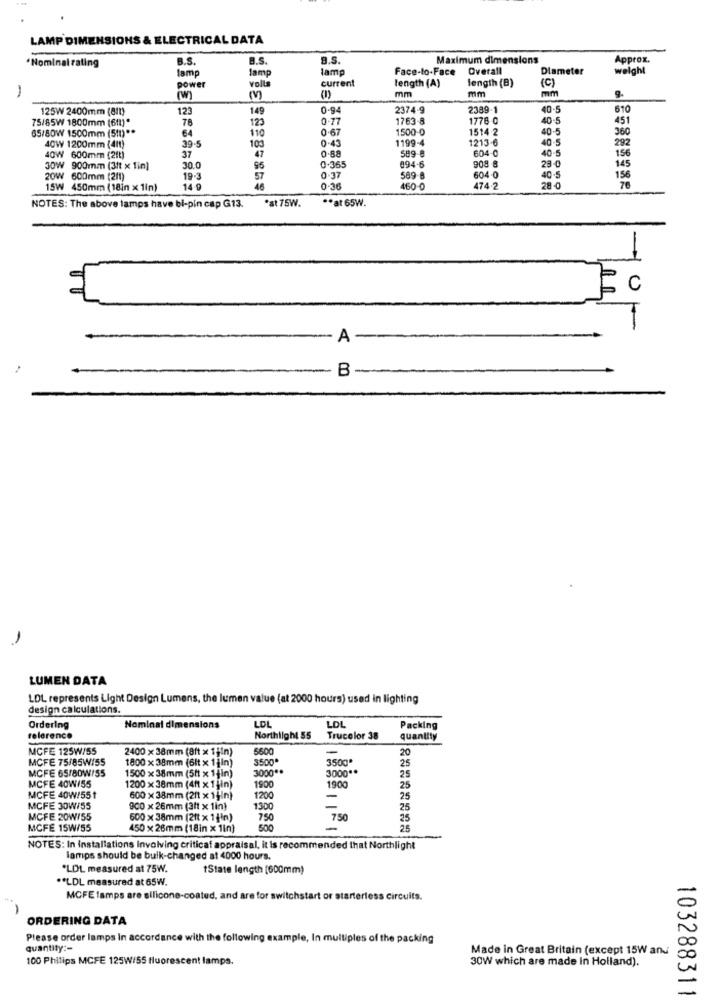
LAMP DIMENSIONS & ELECTRICAL DATA
B.S.
B.S.
Maximum dimensions
Approx.
·Nominal rating
lamp
lamp
lam
Face-to-Face
Overall
Diameter
weight
volta
current
length (A)
(C)
-
power
length (B)
mm
mm
9.
(W)
(M)
(1)
mm
125W 2400mm (811)
123
149
0.94
2374-9
2389-1
40-5
610
75/85W 1800mm (6f1)*
78
123
0-77
1763-8
1778 0
10-5
451
65/80W 1500mm (5tl) **
64
110
0.67
1500-0
1514 2
40-5
360
39.5
0.43
1213-6
40-5
292
40W 1200mm (411)
37
103
0.88
1199-4
589-8
604-0
156
40W 600mm (2 !! )
47
40-5
30W 900mm (3ft x 1in)
30.0
96
0.365
894-6
908 8
29-0
145
20W 600mm (2/1)
19-3
57
0-37
589-8
604-0
40-5
156
15W 450mm (18in x 1in)
14-9
0.3
460-0
474-2
28 -0
*st 75W.
** at 65W.
NOTES: The above lamps have bi-pin cap G13.
c
A -
- B
-
LUMEN DATA
LDL represents Light Design Lumens, the lumen value (at 2000 hours) used in lighting
design calculations.
LOL
LOL
Ordering
Nominal dimensions
Packing
reference
Northlight 55
Trucolor 38
quantity
MCFE 125W/55
2400 x 38mm (8ft x 1 ;in)
5600
-
20
MCFE 75/85W/55
3500
3500*
25
MCFE 65/80W/55
1800 x 38mm (6lt x 1jin)
3000 **
3000 **
MCFE 40W/55
1500 x 38mm (5tt x 1jln)
25
1200 x 38mm (4ft x 1 jin)
1900
190
25
MCFE 40W/551
600 x 38mm (2/1 x 1}in)
1200
25
MCFE 30W/55
900 x 26mm (3ft x 1in)
1300
25
MCFE 20W/55
600 x 38mm (2ft x 1}in)
750
750
25
MCFE 15W/55
450 x 26mm (18in x 1in)
500
25
NOTES: In Installations involving criticaf appraisal, it Is recommended that Northlight
lamps should be buik-changed at 4000 hours.
*LDL measured at 75W.
tState length [600mm)
** LDL measured at 65W.
MCFE lamps are silicone-coated, and are for switchstart or starterless circuits.
ORDERING DATA
Please order lamps In accordance with the following example, In multiples of the packing
quantity :-
Made in Great Britain (except 15W and
100 Philips MCFE 125W/55 fluorescent lamps.
30W which are made in Holland).
103288311